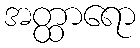
အတ္ထာရော